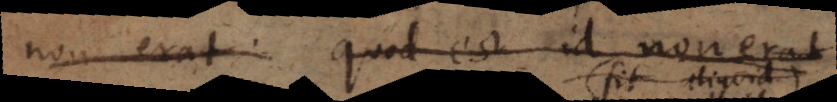
non erat. quod est id non e